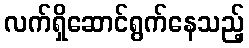
လက်ရှိဆောင်ရွက်နေသည့်